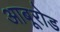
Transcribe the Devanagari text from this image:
आबूरोड